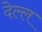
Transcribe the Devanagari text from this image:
देल्ल